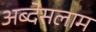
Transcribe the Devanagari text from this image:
अब्देसलाम